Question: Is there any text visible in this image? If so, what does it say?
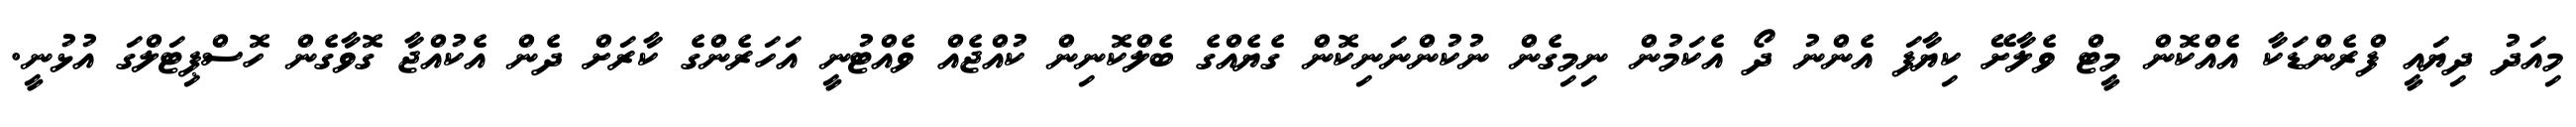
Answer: މިއަދު ދިޔައީ ފްރެންޑަކާ އެއްކޮން މީޓް ވެލާށޭ ކިޔާފަ އެންނު ދޯ އެކަމުން ނިމިގެން ނުކުންނަނިކޮން ގެޔެއްގެ ބެލްކޮނިން ކުއްޖެއް ވެއްޓުނީ އަހަރެންގެ ކާރަށް ދެން އެކުއްޖާ ގޮވާގެން ހޮސްޕިޓަލްގަ އުޅުނީ.